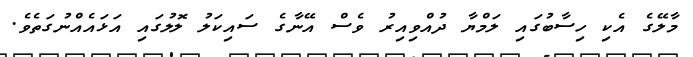
މާލޭގެ އެކި ހިސާބުގައި ލަމްޔާ ދުއްވިއިރު ވެސް އޭނާގެ ސައިކަލު ލޮލުގައި އަޅައެއްނުގަތެވެ.